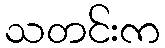
သတင်းက